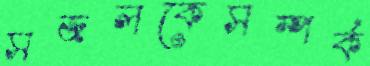
সজলকেসম্পর্ক